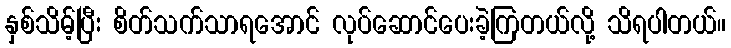
နှစ်သိမ့်ပြီး စိတ်သက်သာရအောင် လုပ်ဆောင်ပေးခဲ့ကြတယ်လို့ သိရပါတယ်။